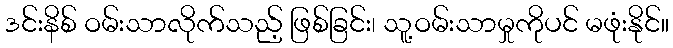
ဒင်းနိစ် ဝမ်းသာလိုက်သည့် ဖြစ်ခြင်း၊ သူ့ဝမ်းသာမှုကိုပင် မဖုံးနိုင်။